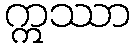
ဣဿာ